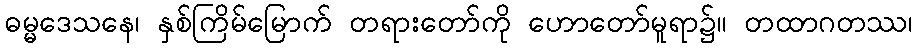
ဓမ္မဒေသနေ၊ နှစ်ကြိမ်မြောက် တရားတော်ကို ဟောတော်မူရာ၌။ တထာဂတဿ၊